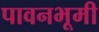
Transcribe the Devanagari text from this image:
पावनभूमी